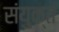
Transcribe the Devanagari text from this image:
संयु्क्त